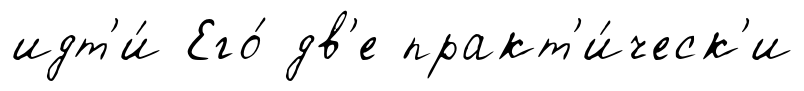
идт'и́ Его́ дв'е практ'и́ческ'и